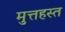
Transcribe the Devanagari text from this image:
मुत्तहस्त